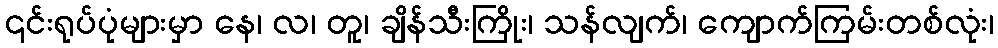
၎င်းရုပ်ပုံများမှာ နေ၊ လ၊ တူ၊ ချိန်သီးကြိုး၊ သန်လျက်၊ ကျောက်ကြမ်းတစ်လုံး၊